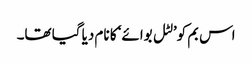
اس بم کو’لٹل بوائے‘ کا نام دیا گیا تھا۔